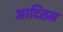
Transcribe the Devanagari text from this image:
आदितम